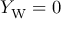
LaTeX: Y _ { \mathrm { W } } = 0